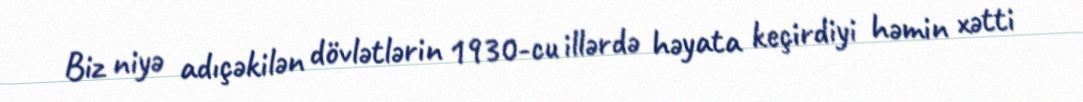
Biz niyə adıçəkilən dövlətlərin 1930-cu illərdə həyata keçirdiyi həmin xətti